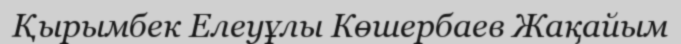
Қырымбек Елеуұлы Көшербаев Жақайым